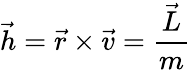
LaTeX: {\vec{h}}={\vec{r}}\times{\vec{v}}={\frac{\vec{L}}{m}}